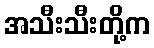
အသီးသီးတို့က